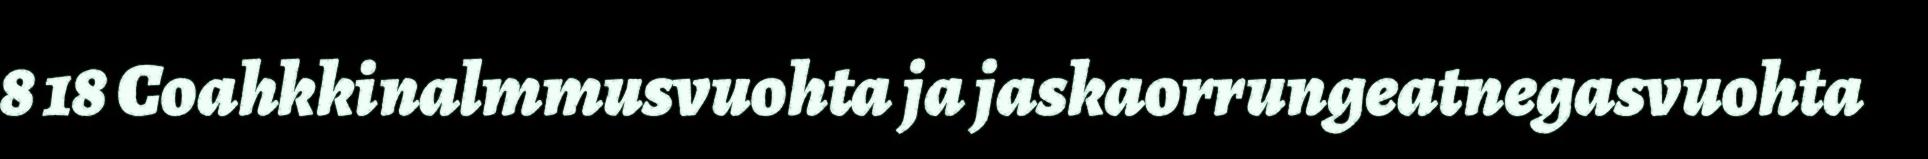
8 18 Coahkkinalmmusvuohta ja jaskaorrungeatnegasvuohta